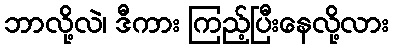
ဘာလို့လဲ၊ ဒီကား ကြည့်ပြီးနေလို့လား